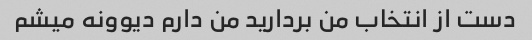
دست از انتخاب من بردارید من دارم دیوونه میشم